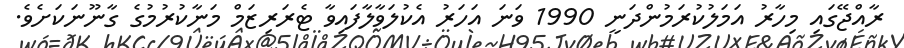
ރާއްޖޭގައި މިހާރު އަމަލުކުރަމުންދަނީ 1990 ވަނަ އަހަރު އެކުލަވާލާފައިވާ ޓެރަރިޒަމް މަނާކުރުމުގެ ގާނޫނަކަށެވެ.